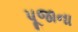
પૂજાના